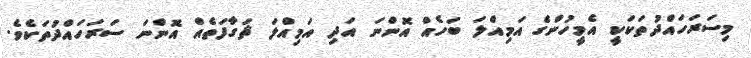
މިސަރަހައްދުތަކަކީ އެމީހުންގެ އަމިއްލަ ބަހެއް އޮންނަ އަދި އަމިއްލަ ޘަގާފަތެއް އޮންނަ ސަރަހައްދުތަކެވެ.